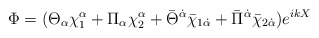
\begin{align*} \Phi=(\Theta_\alpha \chi_{1}^\alpha + \Pi_\alpha \chi_{2}^\alpha + \bar\Theta^{\dot\alpha} \bar\chi_{1\dot\alpha} + \bar \Pi^{\dot\alpha} \bar \chi_{2\dot\alpha})e^{ikX}\end{align*}